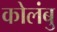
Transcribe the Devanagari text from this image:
कोलंबु